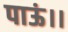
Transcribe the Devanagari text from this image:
पाऊं।।